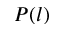
P ( l )